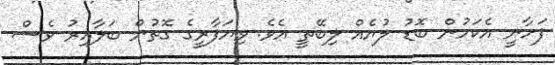
ފަށާނީ އެކަމުން ބޮޑު ލުޔެއް ލިބޭތީ އެވެ. ވިޔަފާރީގެ ގޮތުން ބަލާއިރު ވެސް